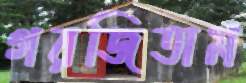
গরজিতাম